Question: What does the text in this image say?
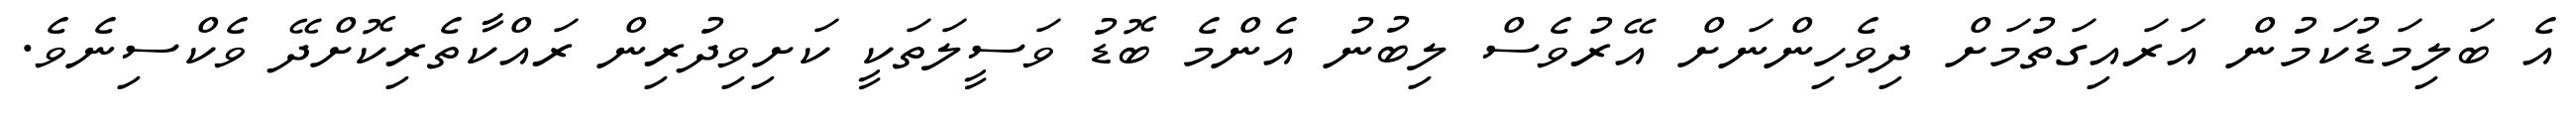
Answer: އެ ބަލިމަޑުކަމުން އަރައިގަތުމަށް ދިވެހިންނަށް އޭރުވެސް ލިބުނު އެންމެ ބޮޑު ވަސީލަތަކީ ކަށިވިދުރިން ރައްކާތެރިކޮށްދޭ ވެކްސިނެވެ.